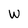
Character: w